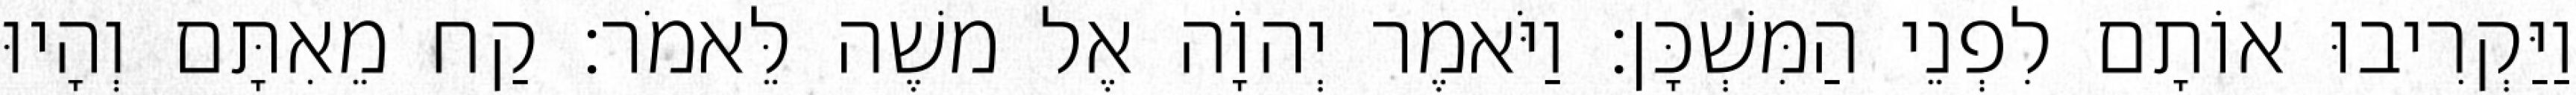
וַיַּקְרִיבוּ אוֹתָם לִפְנֵי הַמִּשְׁכָּן׃ וַיֹּאמֶר יְהוָֹה אֶל משֶׁה לֵּאמֹר׃ קַח מֵאִתָּם וְהָיוּ